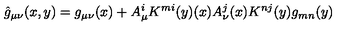
{ \hat { g } } _ { \mu \nu } ( x , y ) = g _ { \mu \nu } ( x ) + A _ { \mu } ^ { i } K ^ { m i } ( y ) ( x ) A _ { \nu } ^ { j } ( x ) K ^ { n j } ( y ) g _ { m n } ( y )